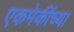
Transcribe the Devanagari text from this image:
एकमेकींच्या